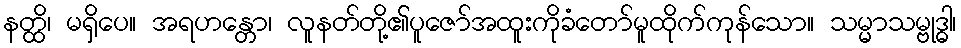
နတ္ထိ၊ မရှိပေ။ အရဟန္တော၊ လူနတ်တို့၏ပူဇော်အထူးကိုခံတော်မူထိုက်ကုန်သော။ သမ္မာသမ္ဗုဒ္ဓါ၊